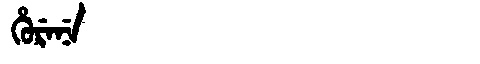
Manchu: ᡥᡠᡵᡝᠨᡝ
Romanization: HURENE